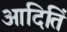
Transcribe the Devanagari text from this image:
आदितिं